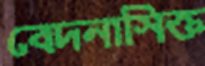
বেদনাসিক্ত